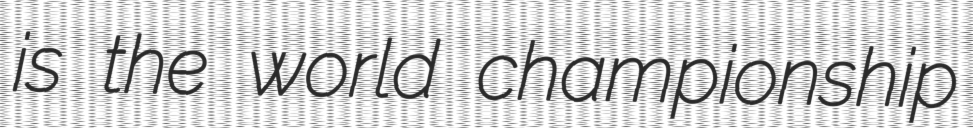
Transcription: is the world championship